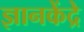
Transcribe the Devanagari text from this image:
ज्ञानकेंद्रे